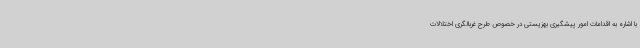
با اشاره به اقدامات امور پیشگیری بهزیستی در خصوص طرح غربالگری اختلالات